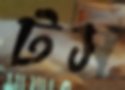
টস